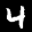
Label: 4